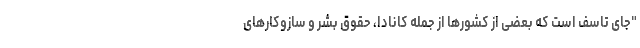
"جای تاسف است که بعضی از کشورها از جمله کانادا، حقوق بشر و سازوکارهای